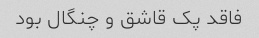
فاقد پک قاشق و چنگال بود